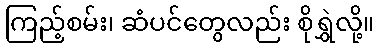
ကြည့်စမ်း၊ ဆံပင်တွေလည်း စိုရွှဲလို့။